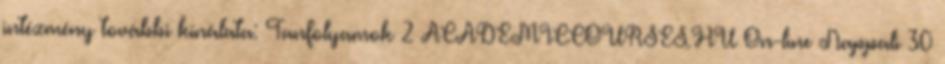
intézmény további kínálata: Tanfolyamok 2 ACADEMICCOURSES.HU On-line Nappali 30